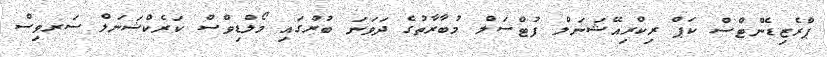
ޕްރެޒިޑެންޓްސް ކަޕް ރިކްރިއޭޝަނަލް ފުޓްސަލް މުބާރާތުގެ ދަވަނަ ބުރުގައި މޯލްޑިވްސް ކަރެކްޝަނަލް ސަރވިސް